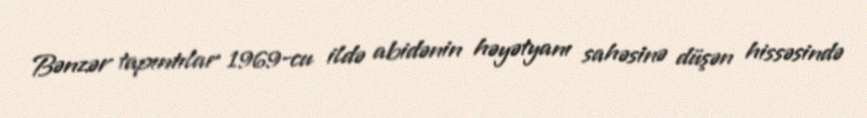
Bənzər tapıntılar 1969-cu ildə abidənin həyətyanı sahəsinə düşən hissəsində